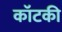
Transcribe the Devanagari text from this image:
कॉटकी